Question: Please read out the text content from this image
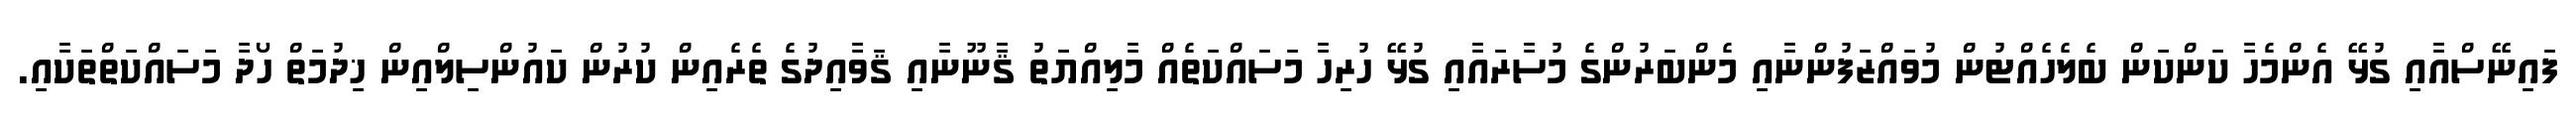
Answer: ފައިނޭސްއާއި ގުޅޭ އެންމެހާ ކަންކަން ބެލެހެއްޓުން މުވައްޒަފުންނާއި މެންބަރުންގެ މުސާރައާއި ގުޅޭ ހުރިހާ މަސައްކަތެއް މާލިއްޔަތު ޤާނޫނާއި ޤަވާއިދުގެ ތެރެއިން ކުރުން ކައުންސިލްއިން ޚިދުމަތް ހޯދާ މަސައްކަތްތަކާއި.